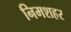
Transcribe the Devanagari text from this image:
निमशहर